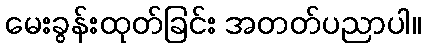
မေးခွန်းထုတ်ခြင်း အတတ်ပညာပါ။